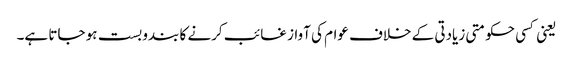
یعنی کسی حکومتی زیادتی کے خلاف عوام کی آواز غائب کرنے کا بندوبست ہو جاتا ہے۔